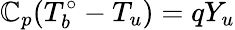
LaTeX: \mathbb{C}_{p}(T_{b}^{\circ}-T_{u})=qY_{u}